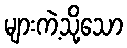
များကဲ့သို့သော